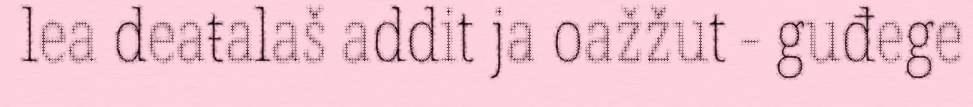
lea deaŧalaš addit ja oažžut - guđege